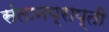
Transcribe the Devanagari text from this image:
संतानप्राप्ती